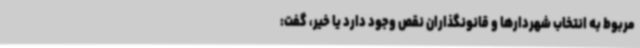
مربوط به انتخاب شهردارها و قانونگذاران نقص وجود دارد یا خیر، گفت: